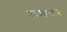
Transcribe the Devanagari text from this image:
नरसाळाने